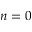
n = 0